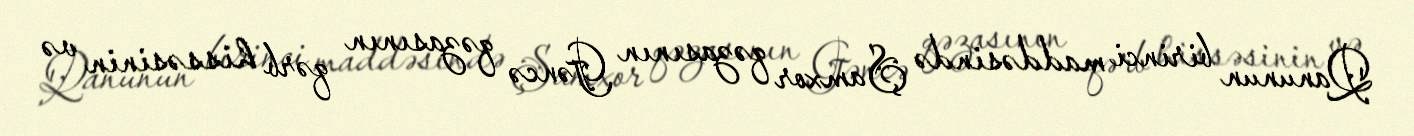
Qanunun birinci maddəsində Şamxor qəzasının Gəncə qəzasının qərb hissəsinin və